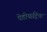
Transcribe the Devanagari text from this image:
पेडीयाट्रिक